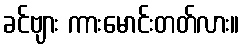
ခင်ဗျား ကားမောင်းတတ်လား။